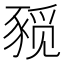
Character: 𰶨